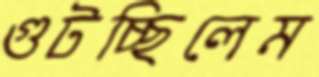
গুটচ্ছিলেম